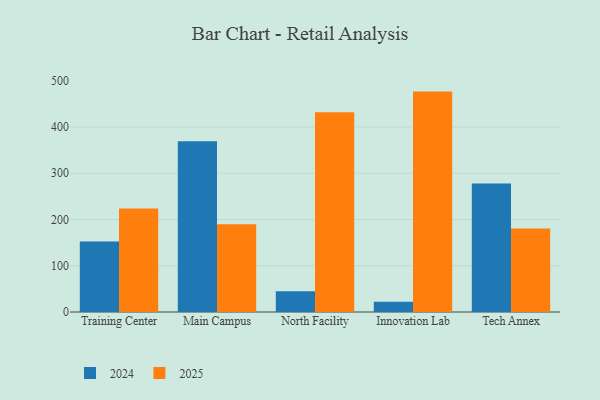
{"axis": {"x": "Campus", "y": "Energy Usage (MWh)"}, "legend": ["2024", "2025"], "data": [{"x": "Training Center", "y": 152.4, "type": "2024"}, {"x": "Training Center", "y": 223.7, "type": "2025"}, {"x": "Main Campus", "y": 369.1, "type": "2024"}, {"x": "Main Campus", "y": 189.6, "type": "2025"}, {"x": "North Facility", "y": 44.7, "type": "2024"}, {"x": "North Facility", "y": 432.1, "type": "2025"}, {"x": "Innovation Lab", "y": 22.4, "type": "2024"}, {"x": "Innovation Lab", "y": 476.5, "type": "2025"}, {"x": "Tech Annex", "y": 277.7, "type": "2024"}, {"x": "Tech Annex", "y": 180.5, "type": "2025"}]}